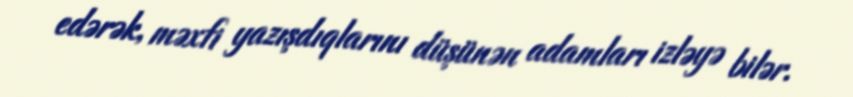
edərək, məxfi yazışdıqlarını düşünən adamları izləyə bilər.